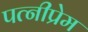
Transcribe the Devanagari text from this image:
पत्नीप्रेम